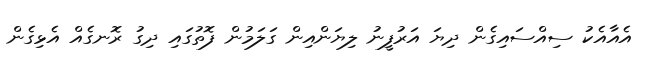
އެއާއެކު ސިއްސައިގެން ދިޔަ އަރުފީނު ލިޔަންއިން ގަލަމުން ފޮތުގައި ދިގު ރޮނގެއް އެޅިގެން